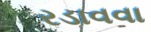
રડાવવા